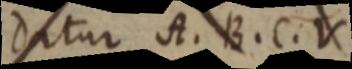
datur A. B. C. V